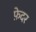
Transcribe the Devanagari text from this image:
फ़ेदर